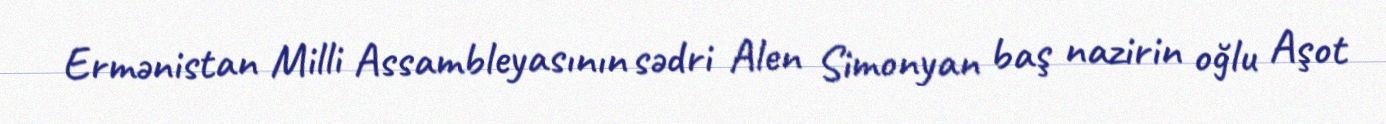
Ermənistan Milli Assambleyasının sədri Alen Simonyan baş nazirin oğlu Aşot